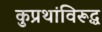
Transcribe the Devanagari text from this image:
कुप्रथांविरूद्ध